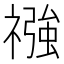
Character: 𮂏